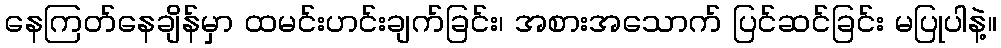
နေကြတ်နေချိန်မှာ ထမင်းဟင်းချက်ခြင်း၊ အစားအသောက် ပြင်ဆင်ခြင်း မပြုပါနဲ့။